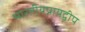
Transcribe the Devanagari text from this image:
भारतीयप्रायद्वीप